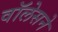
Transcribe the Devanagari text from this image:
वॉलेसने